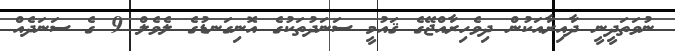
ނުވަތަދީނީ ދާއިރާއަކުން ދިވެހިރާއްޖޭގެ ޤައުމީ ސަނަދުތަކުގެ އޮނިގަނޑުގެ ލެވެލް 9 ގެ ސަނަދެއް